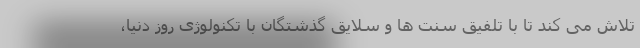
تلاش می کند تا با تلفیق سنت ها و سلایق گذشتگان با تکنولوژی روز دنیا،